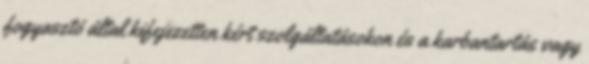
fogyasztó által kifejezetten kért szolgáltatásokon és a karbantartás vagy